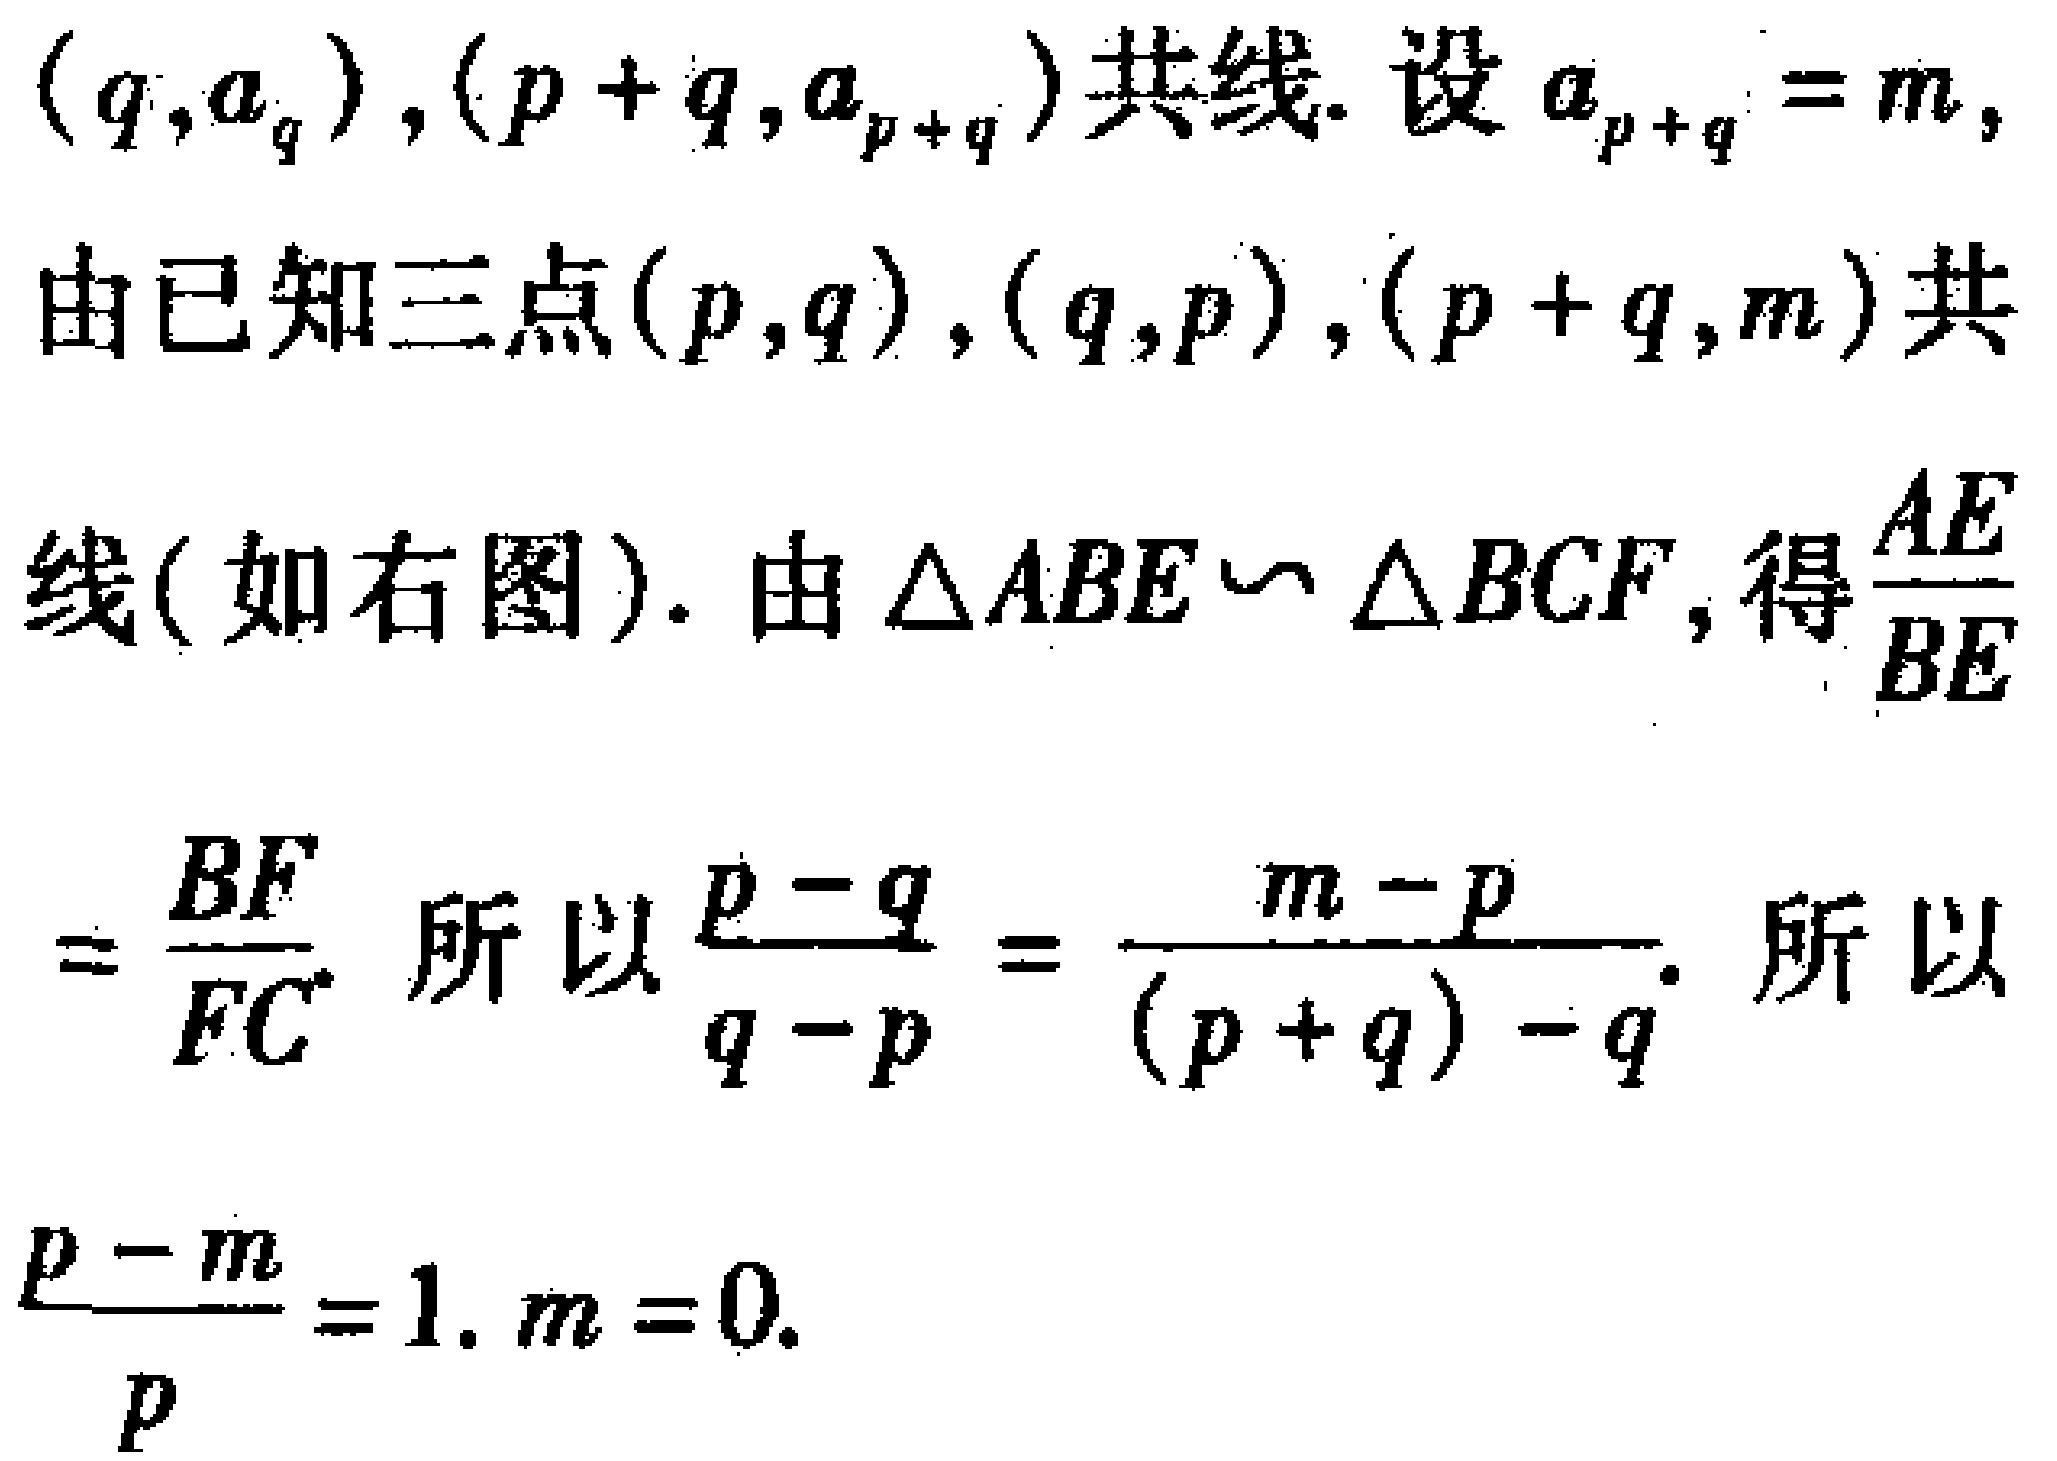
\((q,a_{q}),(p + q,a_{p + q})\)共线. 设\(a_{p + q}=m,\)
由已知三点\((p,q),(q,p),(p + q,m)\)共
线(如右图). 由\(\triangle ABE\backsim \triangle BCF\), 得\(\frac{AE}{BE}\)
\(=\frac{BF}{FC}\). 所以\(\frac{p - q}{q - p}=\frac{m - p}{(p + q)-q}\). 所以
\(\frac{p - m}{p}=1. m = 0.\)